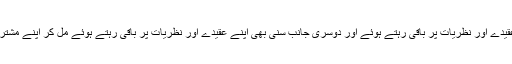
یعنی شیعہ کا جو بھی عقیدہ ہے وہ اپنے عقیدے اور نظریات پر باقی رہتے ہوئے اور دوسری جانب سنی بھی اپنے عقیدے اور نظریات پر باقی رہتے ہوئے مل کر اپنے مشترکہ دشمن کے مقابلے میں متحد ہو جائیں ۔